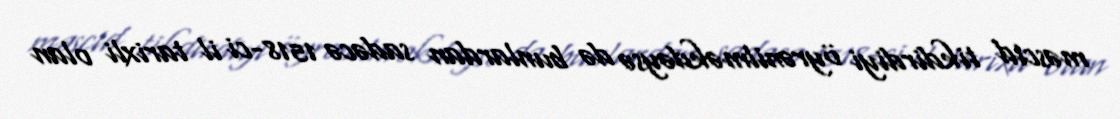
məscid tikdirdiyi öyrənilməkdəysə də bunlardan sadəcə 1518-ci il tarixli olan